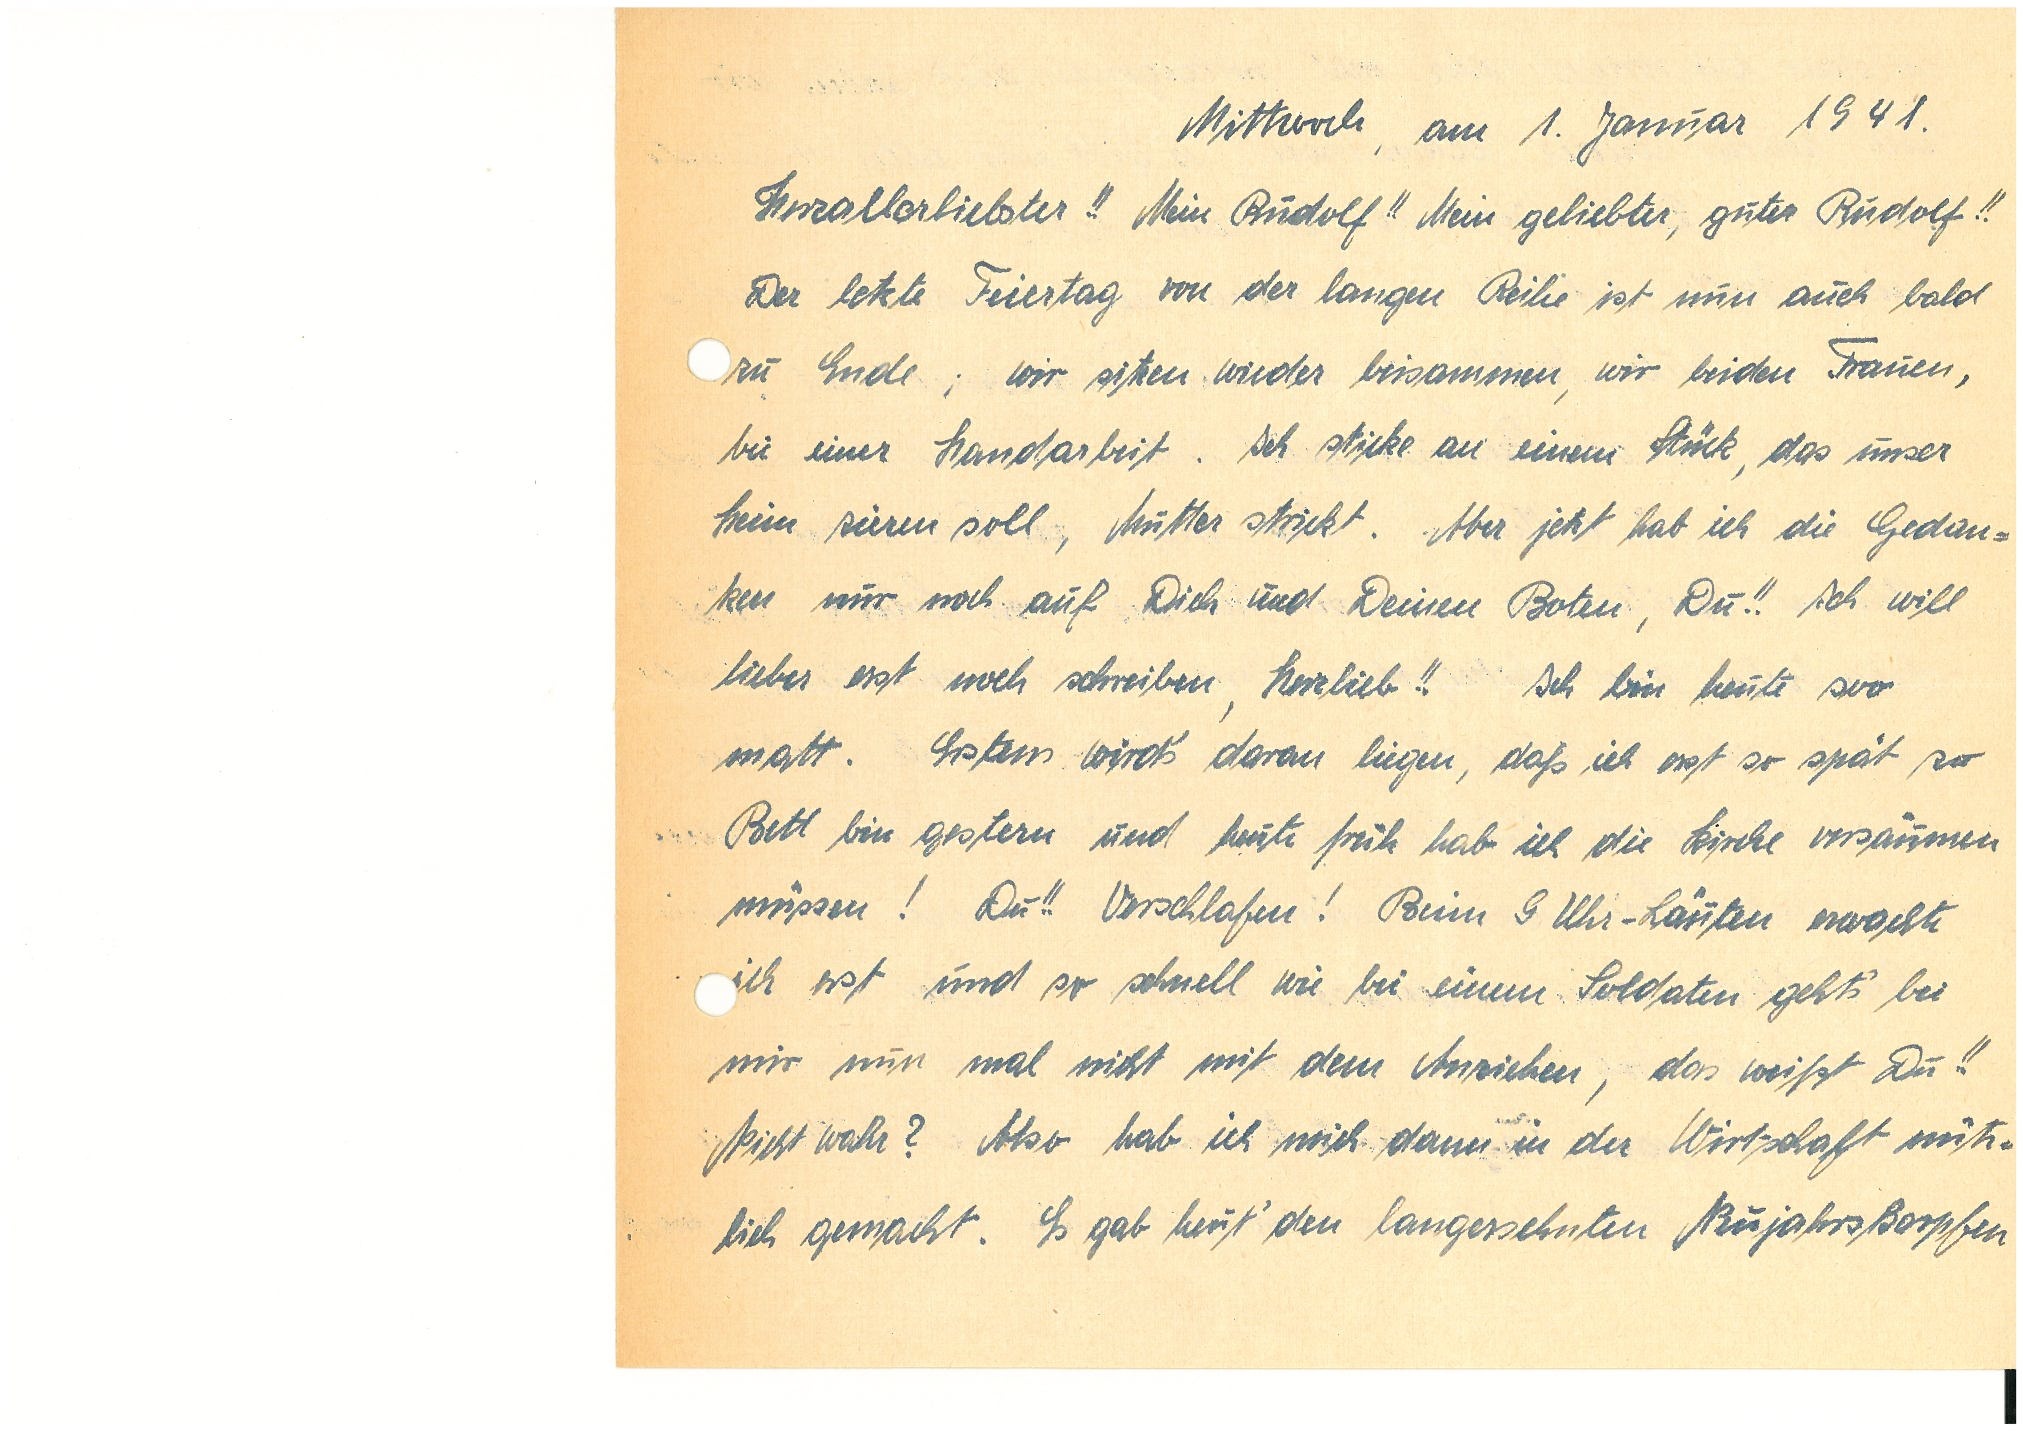
Mittwoch, am 1. Januar 1941.
Herzallerliebster!! Mein!! Mein geliebter, guter!!
Der letzte Feiertag von der langen Reihe ist nun auch bald
zu Ende; wir sitzen wieder beisammen, wir beiden Frauen,
bei einer Handarbeit. Ich sticke an einem Stück, das unser
Heim zieren soll, Mutter strickt. Aber jetzt hab ich die Gedan¬
ken nur noch auf Dich und Deinen Boten, Du!! Ich will
lieber erst noch schreiben, Herzlieb!! Ich bin heute soo
matt. Erstens wird’s daran liegen, daß ich erst so spät zu
Bett bin gestern und heute früh hab ich die Kirche versäumen
müssen! Du!! Verschlafen! Beim 9 Uhr-Läuten erwachte
ich erst und so schnell wie bei einem Soldaten geht’s bei
mir nun mal nicht mit dem Anziehen, das weißt Du!!
Nicht wahr? Also hab ich mich dann in der Wirtschaft nütz¬
lich gemacht. Es gab heut’ den langersehnten Neujahrskarpfen